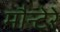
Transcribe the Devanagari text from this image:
मौन्टेरे